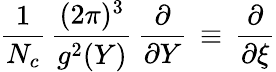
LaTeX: \frac 1{N_{c}}\, \frac{(2\pi)^{3}}{g^{2}(Y)}\, \frac\partial{\partial Y}\, \equiv\, \frac\partial{\partial\xi}